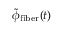
\tilde { \phi } _ { \mathrm { f i b e r } } ( t )